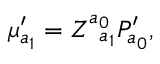
\mu _ { a _ { 1 } } ^ { \prime } = Z _ { \; \; a _ { 1 } } ^ { a _ { 0 } } { \cal P } _ { a _ { 0 } } ^ { \prime } ,